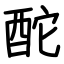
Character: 酡